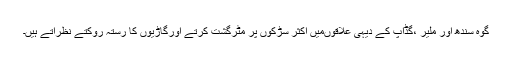
گوہ سندھ اور ملیر ،گڈاپ کے دیہی علاقوںمیں اکثر سڑکوں پر مٹرگشت کرتے اورگاڑیوں کا رستہ روکتے نظرآتے ہیں۔